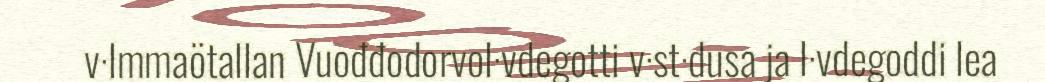
v·lmmaötallan Vuođđodorvol·vdegotti v·st·dusa ja l·vdegoddi lea